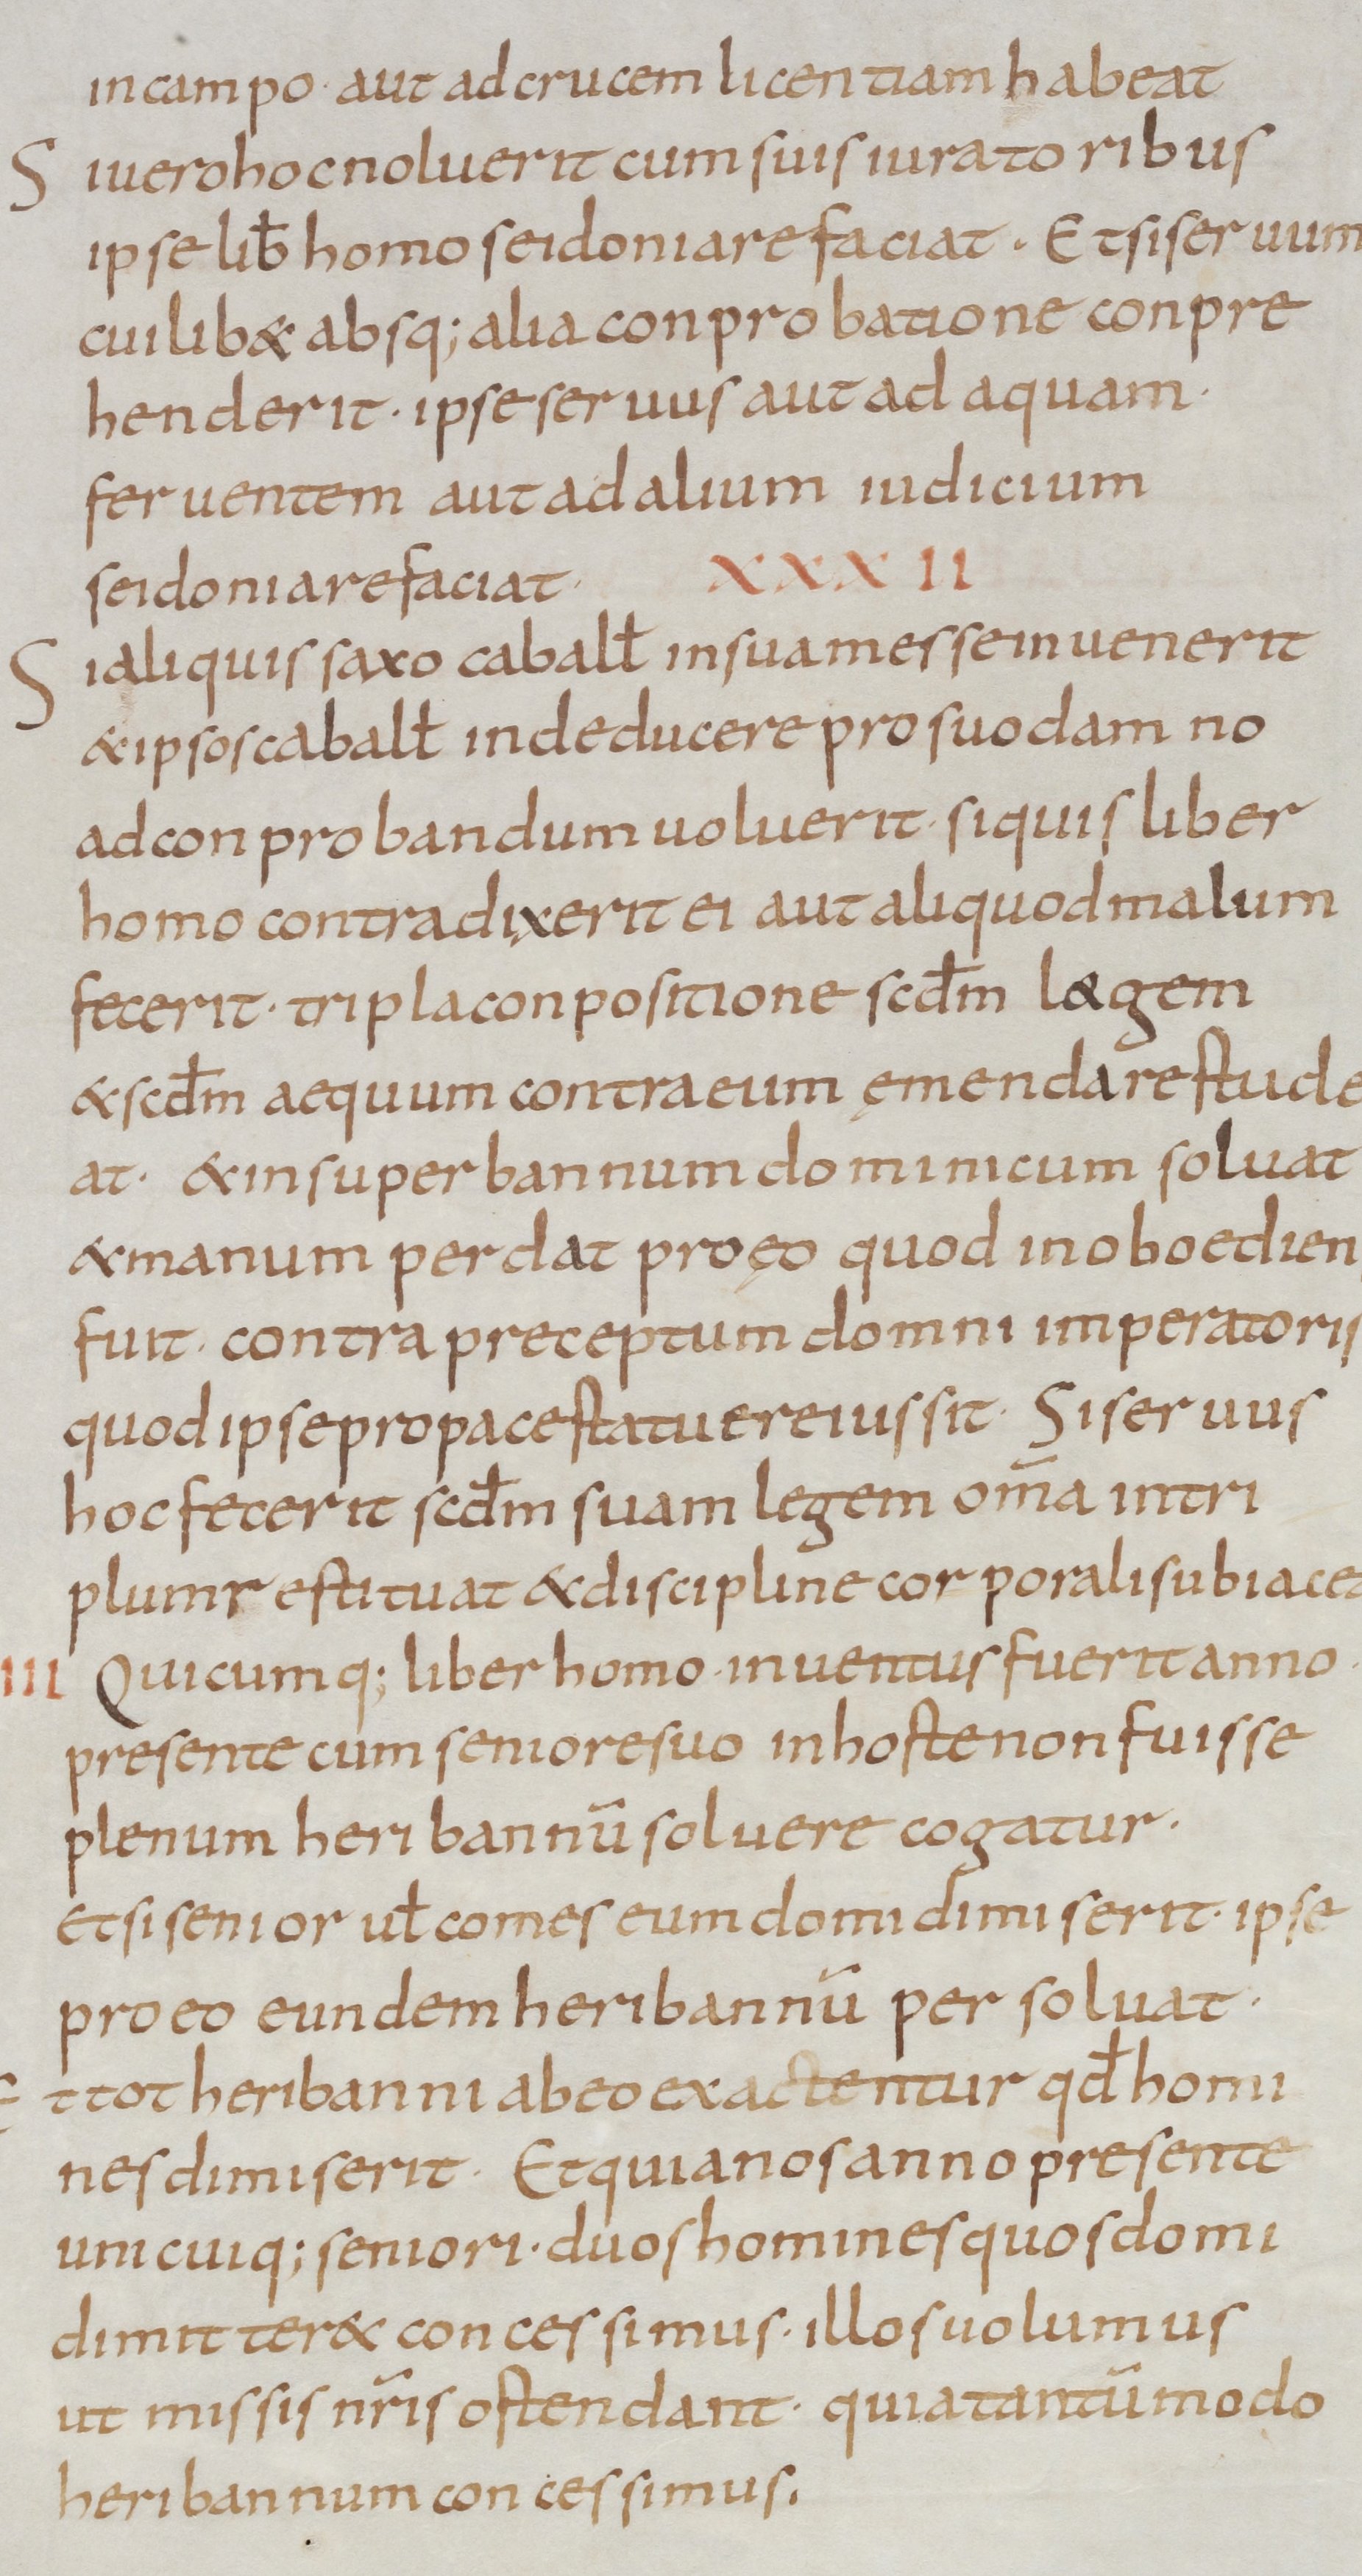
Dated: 800–899